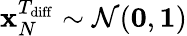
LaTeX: \mathbf{x}_{N}^{T_{\mathrm{diff}}}\sim\mathcal{N}(\mathbf{0},\mathbf{1})